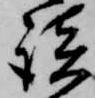
談